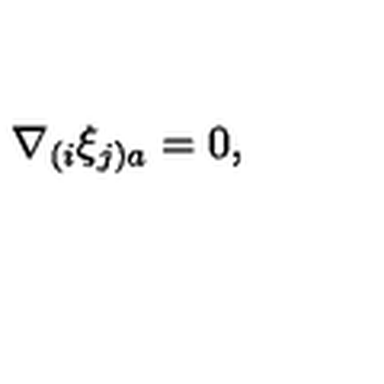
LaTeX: \nabla _ { ( i } \xi _ { j ) a } = 0 ,